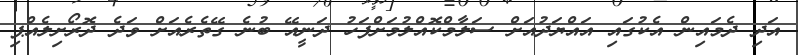
އަދި ދެމައިން އެކުގައި އައްޔަދުއަށް ސަލާމްކޮއްލުމަށްފަހު ދަނީއޭ ބުނެ ގޭތެރެއަށް ވަދެ ދޮރޯށިލެއްޕި